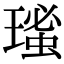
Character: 𤨚